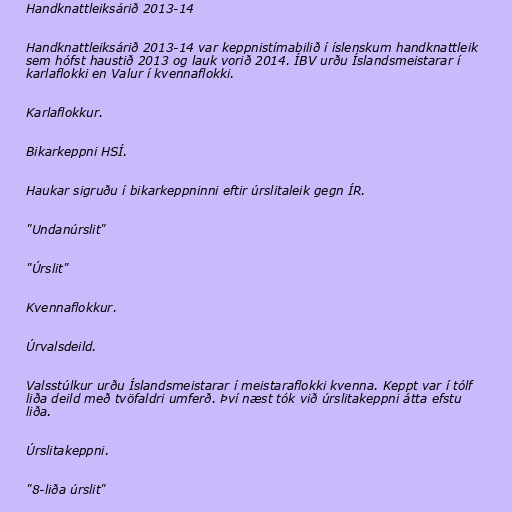
Handknattleiksárið 2013-14

Handknattleiksárið 2013-14 var keppnistímabilið í íslenskum handknattleik
sem hófst haustið 2013 og lauk vorið 2014. ÍBV urðu Íslandsmeistarar í
karlaflokki en Valur í kvennaflokki.

Karlaflokkur.

Bikarkeppni HSÍ.

Haukar sigruðu í bikarkeppninni eftir úrslitaleik gegn ÍR.

"Undanúrslit"

"Úrslit"

Kvennaflokkur.

Úrvalsdeild.

Valsstúlkur urðu Íslandsmeistarar í meistaraflokki kvenna. Keppt var í tólf
liða deild með tvöfaldri umferð. Því næst tók við úrslitakeppni átta efstu
liða.

Úrslitakeppni.

"8-liða úrslit"